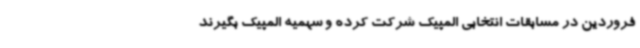
فروردین در مسابقات انتخابی المپیک شرکت کرده و سهمیه المپیک بگیرند